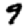
Digit: 9